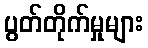
ပွတ်တိုက်မှုများ